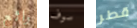
رائع سوف قطر